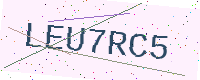
Text: LEU7RC5